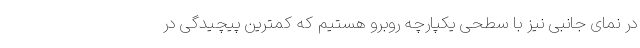
در نمای جانبی نیز با سطحی یکپارچه روبرو هستیم که کمترین پیچیدگی در